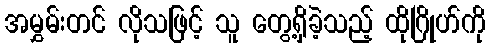
အမွှမ်းတင် လိုသဖြင့် သူ တွေ့ရှိခဲ့သည့် ထိုဂြိုဟ်ကို